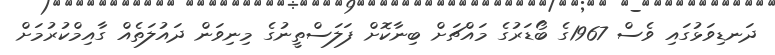
ދަނޑިވަޅުގައި ވެސް 1967ގެ ބޯޑަރުގެ މައްޗަށް ބިނާކޮށް ފަލަސްތީނުގެ މިނިވަން ދައުލަތެއް ގާއިމްކުރުމަށް